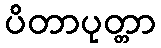
ပိတာပုတ္တာ